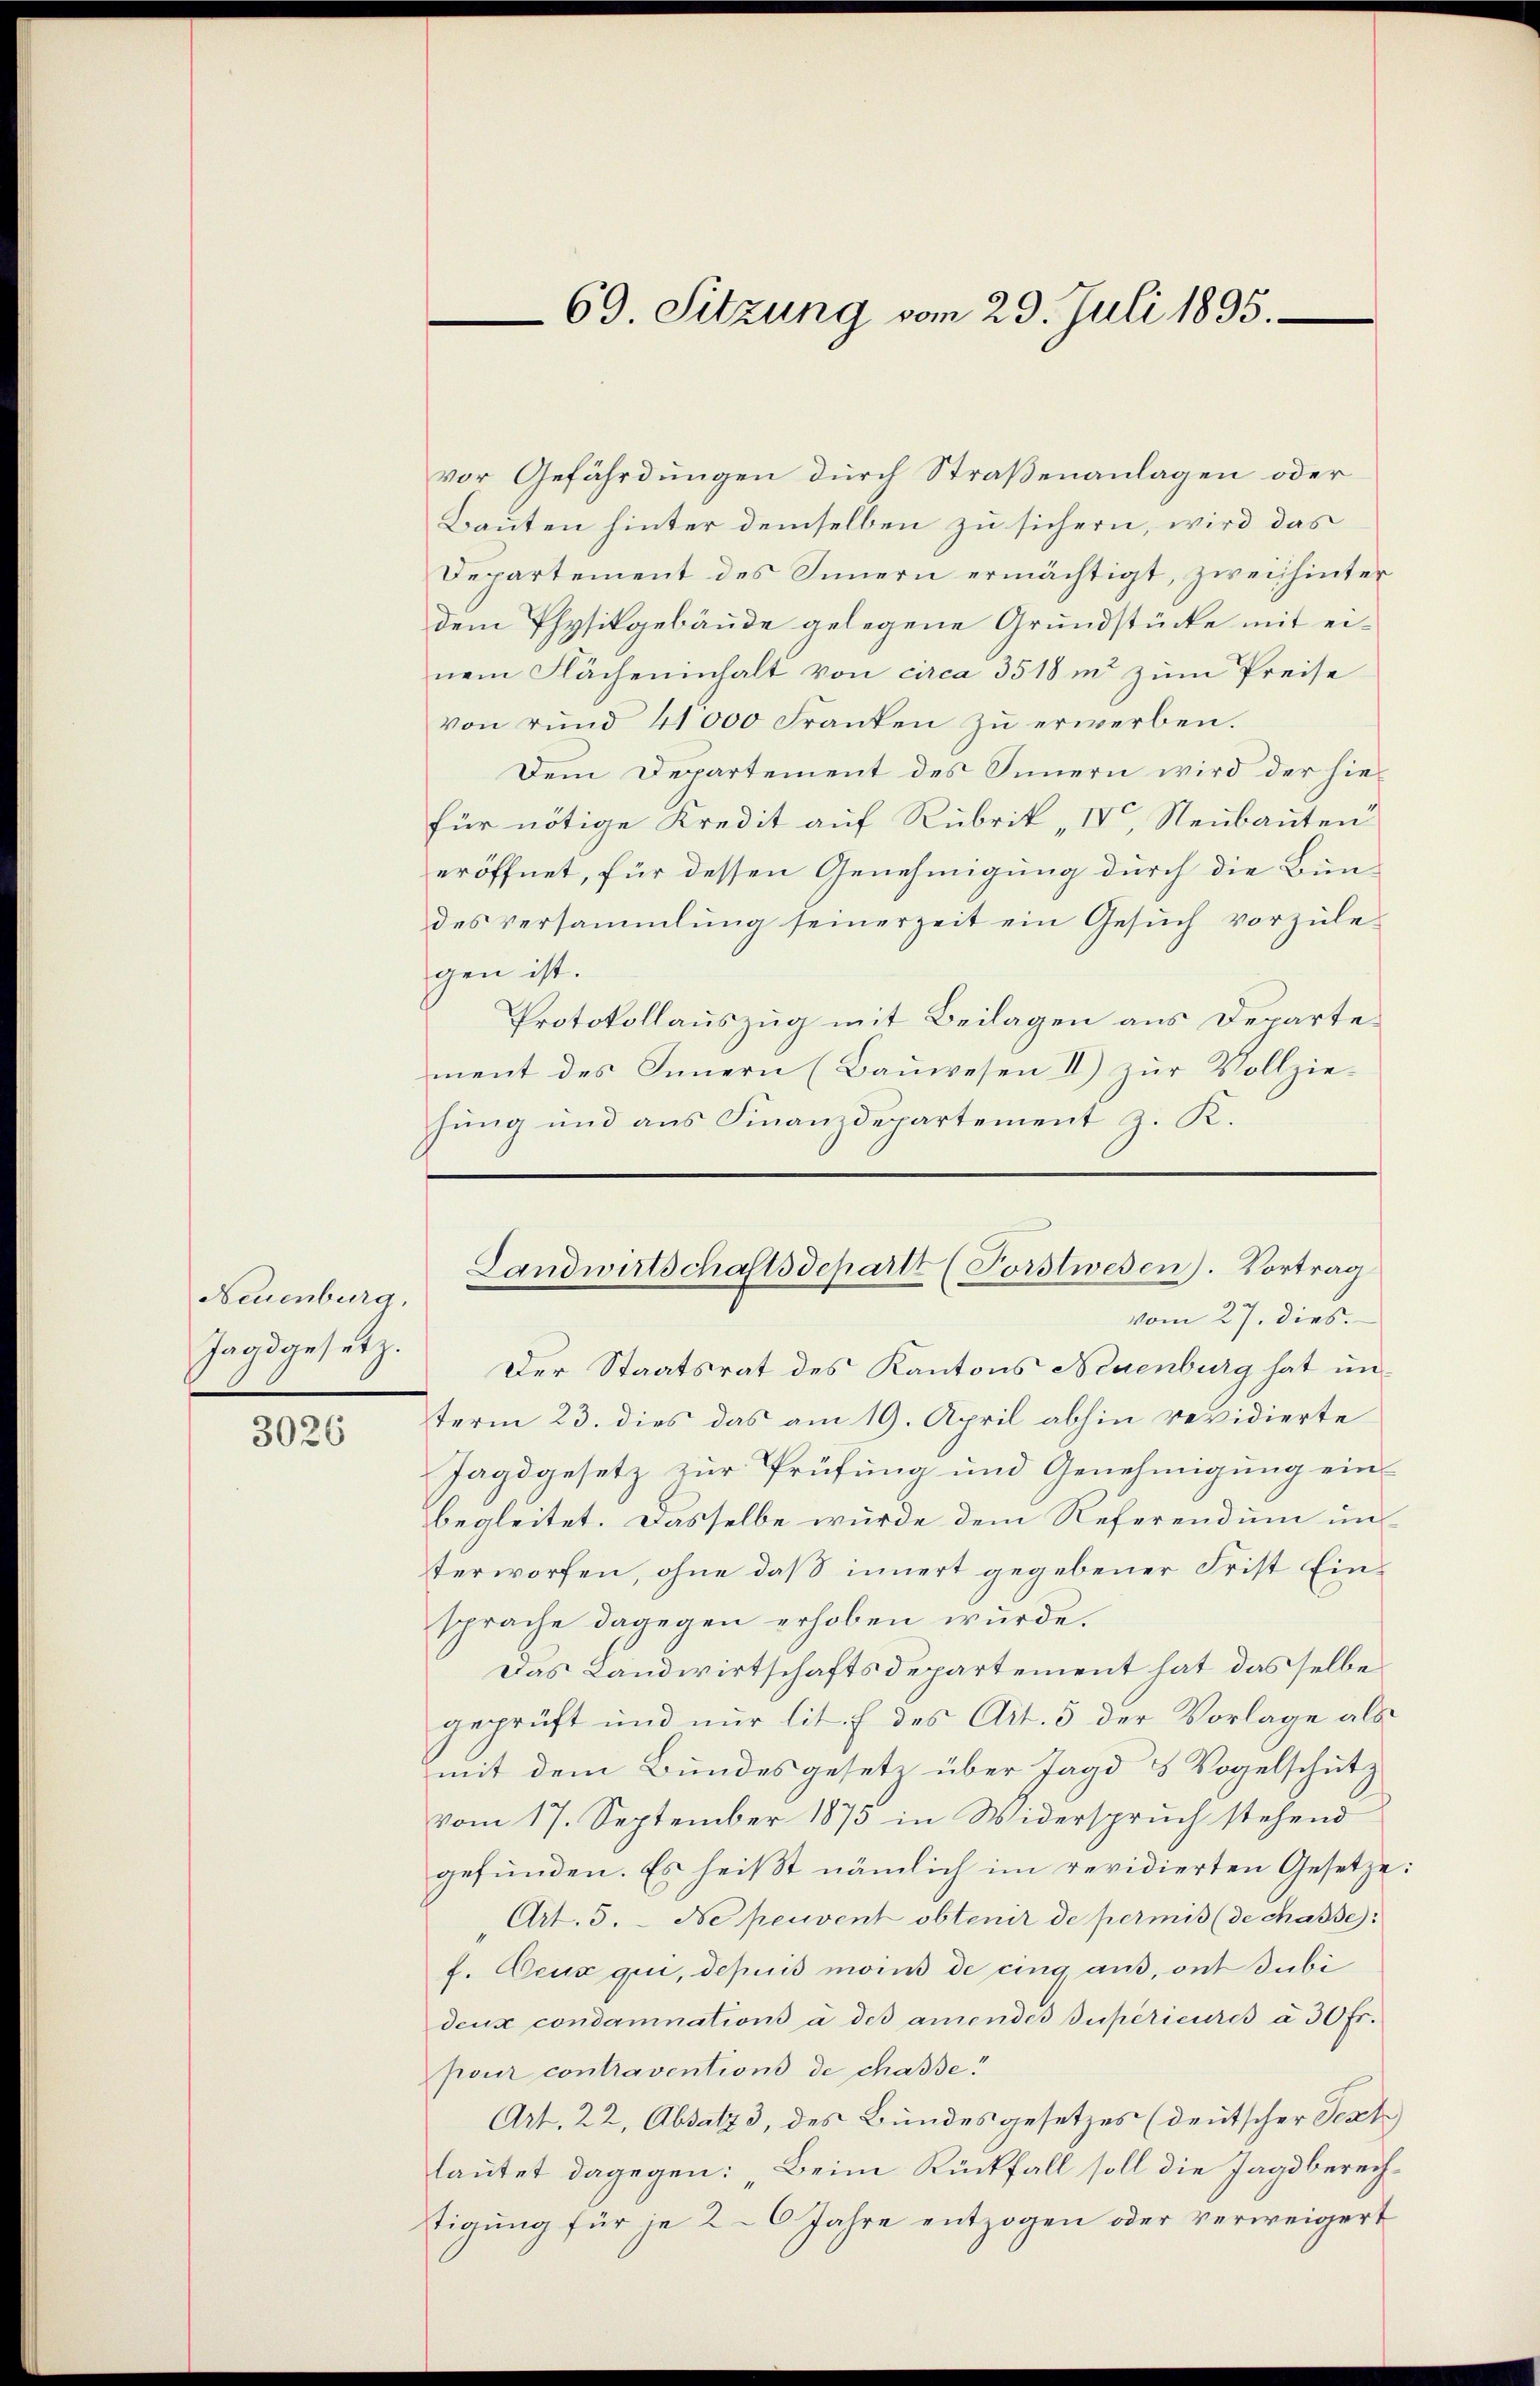
Neuenburg.
Jagdgesetz.

3026

69. Sitzung vom 29. Juli 1895.

vor Gefährdungen durch Straßenanlagen oder
Bauten hinter demselben zu sichern, wird das
Departement des Innern ermächtigt, zwei hinter
dem Physikgebäude gelegene Grundstücke mit einem Flächeninhalt von circa 3518 in zum Preise
von rŭnd 41000 Franken zŭ erwerben.
Dem Departement des Innern wird der hiefür nötige Kredit auf Rubrik „IV. Neubauten
eröffnet, für dessen Genehmigung durch die Bun-
des versammlung seinerzeit ein Gesuch vorzule-
gen ist.
Protokollauszug mit Beilagen aus Departe
ment des Innern (Bauwesen II) zur Vollziehung und aus Finanzdepartement z. K.

Landwirtschaftsdeparte (Forstwesen). Vortrag

vom 27. dies
Der Staatsrat des Kantons Neuenburg hat unterm 23. dies das am 19. April abhin revidierte
Jagdgesetz zur Prüfung und Genehmigung einbegleitet. Dasselbe wurde dem Referendum un-
terworfen, ohne daß innert gegebener Frist Einsprache dagegen erhoben wurde.
Das Landwirtschaftsdepartement hat das selbe
geprüft und nur lit. f des Art. 5 der Vorlage als
mit dem Bundesgesetz über Jagd u Vogelschutz
vom 17. September 1875 in Widerspruch stehend
gefunden. Es heißt nämlich im revidierten Gesetze:
Art. 5. - Ne peuvent obtenir de permis (de chasse:
f. Ceux qui, depuis moins de cing aus, ont subi
deux condamnations à des amendes supérieures à 30 fr.
pour contraventions de chasse.
Art. 22, Absatz 3, des Bundesgesetzes (deutscher Test
lautet dagegen: Beim Rückfall soll die Jagd berechtigung für je 20 Jahre entzogen oder verweigert